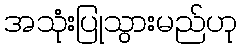
အသုံးပြုသွားမည်ဟု